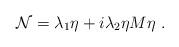
LaTeX: \begin{align*}{\cal N}= \lambda_1 \eta+i\lambda_2\eta M\eta\ .\end{align*}